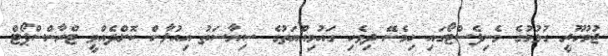
ޖުމުހޫރީ ގުޅުމުގެ މެނިފެސްޓޯގައި ހިމެނޭ ދިވެހި ގައުމިއްޔަތުގެ ސިޔާސަތު އިއުލާން ކޮށްދެއްވީ ޓްރާންސްޕޯޓް